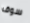
سوف